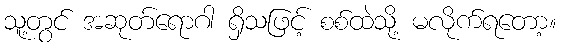
သူ့တွင် အဆုတ်ရောဂါ ရှိသဖြင့် စစ်ထဲသို့ မလိုက်ရတော့။